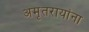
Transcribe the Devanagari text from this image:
अमृतरायांना